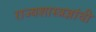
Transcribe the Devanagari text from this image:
राज्यशास्त्रज्ञांची